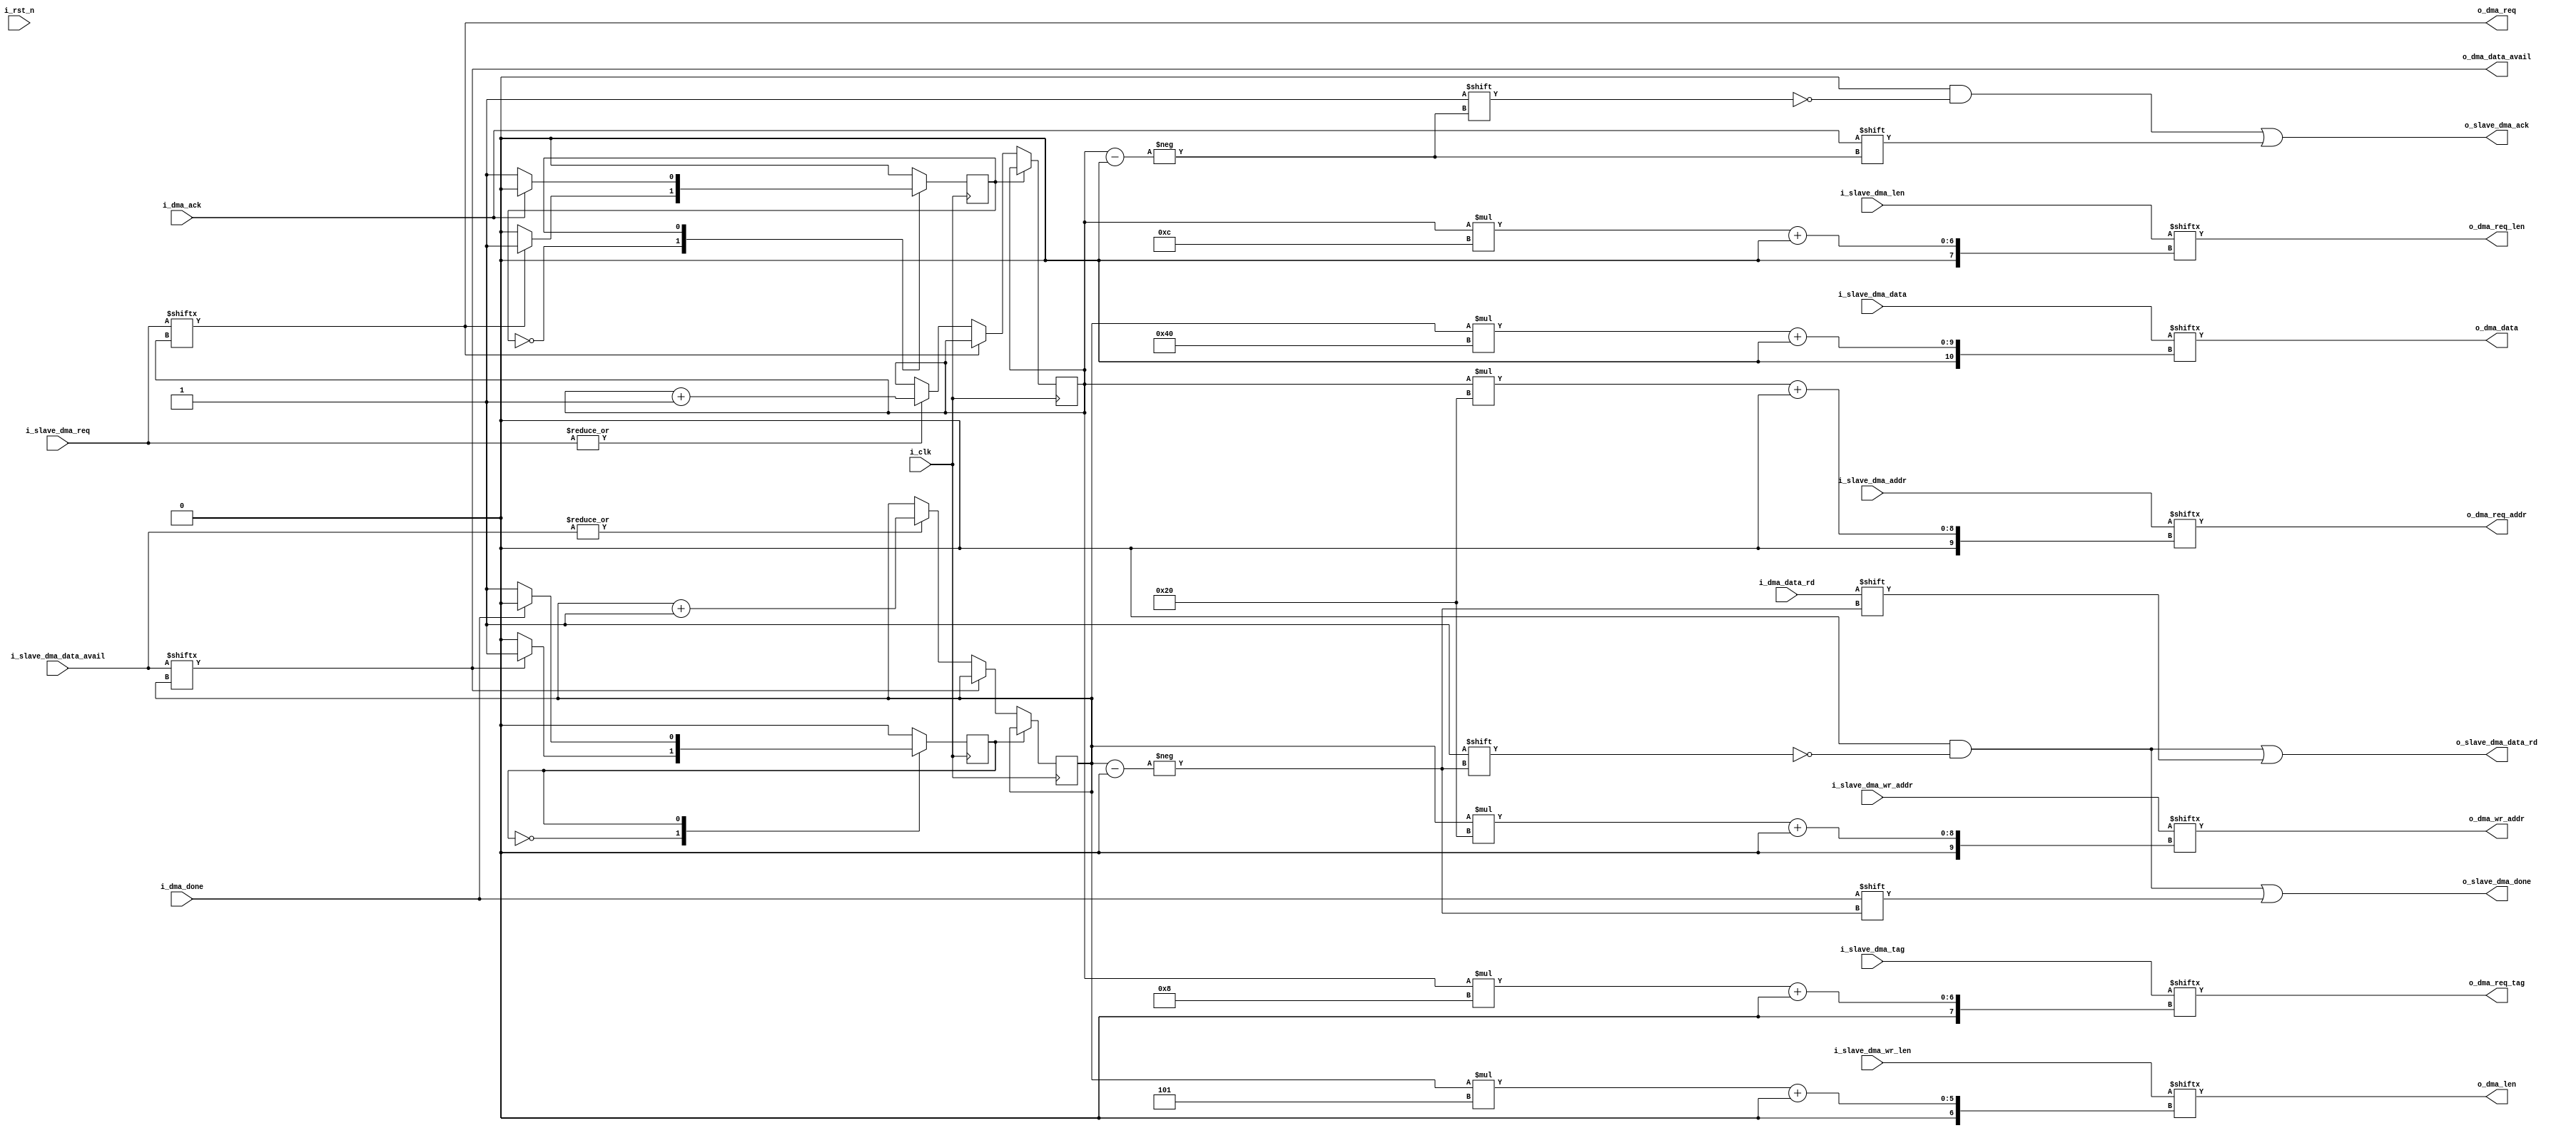
//--------------------------------------------------------------------------------
// Project    : SWITCH
// Version    : 0.1
//
// Description: Arbitrator to arbitrate among PSGs to access PCIe core
//
//--------------------------------------------------------------------------------


`define MAX_SLAVE 16
module user_dma_req_arbitrator #(
    parameter NUM_SLAVES = 'd4,
    parameter ADDR_WIDTH = 'd32,
    parameter LEN_WIDTH  = 'd12,
    parameter TAG_WIDTH  = 'd8,
    parameter DATA_WIDTH = 'd64,
    parameter DMA_LEN    = 'd5
    )
   (
       input                                    i_clk,
       input                                    i_rst_n,
       //To PSG slaves
       input      [NUM_SLAVES-1:0]              i_slave_dma_req,
       input      [ADDR_WIDTH*NUM_SLAVES-1:0]   i_slave_dma_addr,
       input      [LEN_WIDTH*NUM_SLAVES-1:0]    i_slave_dma_len,
       input      [TAG_WIDTH*NUM_SLAVES-1 :0]   i_slave_dma_tag,
       output reg [NUM_SLAVES-1:0]              o_slave_dma_ack, 
 
       input      [NUM_SLAVES-1:0]              i_slave_dma_data_avail,
       input      [ADDR_WIDTH*NUM_SLAVES-1:0]   i_slave_dma_wr_addr,
       output reg [NUM_SLAVES-1:0]              o_slave_dma_data_rd,
       input      [NUM_SLAVES*DATA_WIDTH-1:0]   i_slave_dma_data,
       input      [NUM_SLAVES*DMA_LEN-1:0]      i_slave_dma_wr_len,
       output reg [NUM_SLAVES-1:0]              o_slave_dma_done,
       //To PCIe Tx engine
       output reg                               o_dma_req,
       input                                    i_dma_ack,
       output reg [ADDR_WIDTH-1:0]              o_dma_req_addr,
       output reg [LEN_WIDTH-1:0]               o_dma_req_len,
       output reg [TAG_WIDTH-1:0]               o_dma_req_tag,
 
       output reg                               o_dma_data_avail,
       output reg [ADDR_WIDTH-1:0]              o_dma_wr_addr,
       input                                    i_dma_data_rd,
       output reg [DATA_WIDTH-1:0]              o_dma_data,
       output reg [DMA_LEN-1:0]                 o_dma_len,
       input                                    i_dma_done
    );

reg [$clog2(NUM_SLAVES)-1:0] current_req_slave_served;
reg [$clog2(NUM_SLAVES)-1:0] current_dma_slave_served;


localparam  IDLE    = 'd0,
            DMA_REQ = 'd1;

reg rd_state;
reg wr_state;
wire some_other_wr_req;
wire some_other_rd_req;

assign some_other_wr_req = |i_slave_dma_data_avail[NUM_SLAVES-1:0];
assign some_other_rd_req = |i_slave_dma_req[NUM_SLAVES-1:0];

always@(*)
begin
   o_slave_dma_data_rd  <=    {NUM_SLAVES{1'b0}};
   o_slave_dma_data_rd[current_dma_slave_served] <= i_dma_data_rd;
   o_dma_data           <=    i_slave_dma_data[current_dma_slave_served*DATA_WIDTH+:DATA_WIDTH];
   o_dma_req_addr       <=    i_slave_dma_addr[current_req_slave_served*ADDR_WIDTH+:ADDR_WIDTH];
   o_dma_req_len        <=    i_slave_dma_len[current_req_slave_served*LEN_WIDTH+:LEN_WIDTH];
   o_dma_req_tag        <=    i_slave_dma_tag[current_req_slave_served*TAG_WIDTH+:TAG_WIDTH];
   o_dma_wr_addr        <=    i_slave_dma_wr_addr[current_dma_slave_served*ADDR_WIDTH+:ADDR_WIDTH]; 
   o_dma_len            <=    i_slave_dma_wr_len[current_dma_slave_served*DMA_LEN+:DMA_LEN];
   o_slave_dma_done     <=    {NUM_SLAVES{1'b0}};
   o_slave_dma_done[current_dma_slave_served] <=   i_dma_done;
   o_dma_req            <=    i_slave_dma_req[current_req_slave_served];
   o_slave_dma_ack      <=    {NUM_SLAVES{1'b0}};
   o_slave_dma_ack[current_req_slave_served] <= i_dma_ack;
   o_dma_data_avail     <=    i_slave_dma_data_avail[current_dma_slave_served];

end

initial
begin
    rd_state                 <= IDLE;
    current_req_slave_served <= 0;
end

always @(posedge i_clk)
begin
    case(rd_state)
        IDLE:begin
            if(i_slave_dma_req[current_req_slave_served])
            begin
                rd_state       <=    DMA_REQ;
            end 
            else if(some_other_rd_req)
                current_req_slave_served  <=   current_req_slave_served + 1'b1;
        end
        DMA_REQ:begin
            if(i_dma_ack)
            begin
                rd_state                  <=    IDLE;  
            end
        end
    endcase
end

initial
begin
    wr_state                  <= IDLE;
    current_dma_slave_served  <= 0;
end

always @(posedge i_clk)
begin
    case(wr_state)
        IDLE:begin
            if(i_slave_dma_data_avail[current_dma_slave_served])
            begin
                wr_state     <=    DMA_REQ;                
            end 
            else if(some_other_wr_req)
                current_dma_slave_served  <=   current_dma_slave_served + 1'b1;
        end
        DMA_REQ:begin
            if(i_dma_done)
            begin
                wr_state    <=    IDLE;  
            end
        end
    endcase
end

endmodule